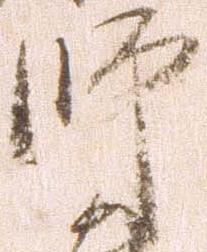
師